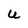
Character: U